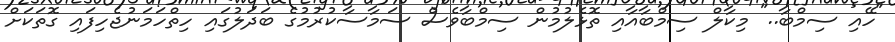
"ހޭއި ސިމްބާ.." މިކާލް ސިމްބާއާއި ތޮޅެލުމުން ސިމްބާވެސް ސަމާސާކުރުމުގެ ބަދަލުގައި ހިތްހަމަނުޖެހިފައި ގޮތަކަށް